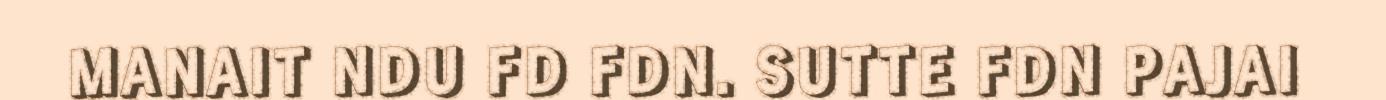
MANAIT NDU FD FDN. SUTTE FDN PAJAI